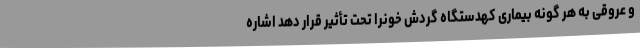
و عروقی به هر گونه بیماری کهدستگاه گردش خونرا تحت تأثیر قرار دهد اشاره